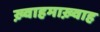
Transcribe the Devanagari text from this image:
ख़्वाहमाख़्वाह